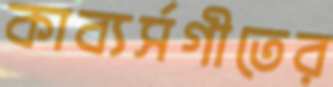
কাব্যর্সগীতের